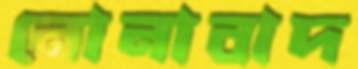
নোনাবাদ